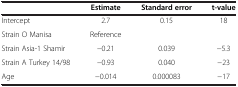
<table><thead><tr><td>[EMPTY_CELL]</td><td><b>Estimate</b></td><td><b>Standard error</b></td><td><b>t-value</b></td></tr></thead><tbody><tr><td>Intercept</td><td>2.7</td><td>0.15</td><td>18</td></tr><tr><td>Strain O Manisa</td><td>Reference</td><td>[EMPTY_CELL]</td><td>[EMPTY_CELL]</td></tr><tr><td>Strain Asia-1 Shamir</td><td>-0.21</td><td>0.039</td><td>-5.3</td></tr><tr><td>Strain A Turkey 14/98</td><td>-0.93</td><td>0.040</td><td>-23</td></tr><tr><td>Age</td><td>-0.014</td><td>0.000083</td><td>-17</td></tr></tbody></table>